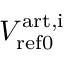
V _ { \mathrm { r e f 0 } } ^ { \mathrm { a r t , i } }